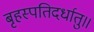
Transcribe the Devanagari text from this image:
बृहस्पतिदर्धातु॥